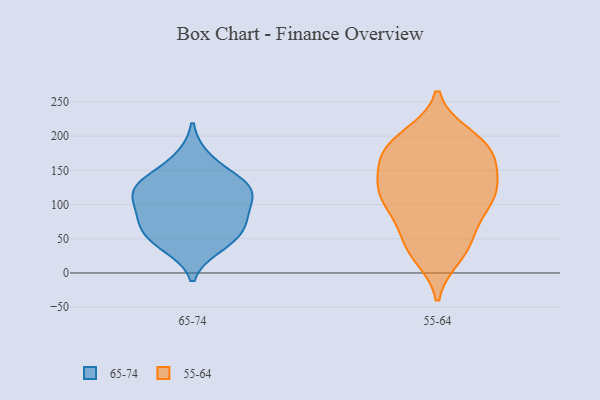
{"axis": {"x": "Website Visitors", "y": "Value"}, "legend": ["55-64", "65-74"], "data": [{"x": "", "y": 94, "type": "65-74"}, {"x": "", "y": 39, "type": "65-74"}, {"x": "", "y": 48, "type": "65-74"}, {"x": "", "y": 59, "type": "65-74"}, {"x": "", "y": 105, "type": "65-74"}, {"x": "", "y": 130, "type": "65-74"}, {"x": "", "y": 69, "type": "65-74"}, {"x": "", "y": 168, "type": "65-74"}, {"x": "", "y": 130, "type": "65-74"}, {"x": "", "y": 81, "type": "65-74"}, {"x": "", "y": 124, "type": "65-74"}, {"x": "", "y": 126, "type": "65-74"}, {"x": "", "y": 123, "type": "55-64"}, {"x": "", "y": 90, "type": "55-64"}, {"x": "", "y": 25, "type": "55-64"}, {"x": "", "y": 111, "type": "55-64"}, {"x": "", "y": 77, "type": "55-64"}, {"x": "", "y": 191, "type": "55-64"}, {"x": "", "y": 122, "type": "55-64"}, {"x": "", "y": 186, "type": "55-64"}, {"x": "", "y": 164, "type": "55-64"}, {"x": "", "y": 126, "type": "55-64"}, {"x": "", "y": 53, "type": "55-64"}, {"x": "", "y": 35, "type": "55-64"}, {"x": "", "y": 165, "type": "55-64"}, {"x": "", "y": 37, "type": "55-64"}, {"x": "", "y": 115, "type": "55-64"}, {"x": "", "y": 153, "type": "55-64"}, {"x": "", "y": 108, "type": "55-64"}, {"x": "", "y": 200, "type": "55-64"}, {"x": "", "y": 176, "type": "55-64"}, {"x": "", "y": 190, "type": "55-64"}]}